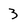
Character: 3